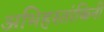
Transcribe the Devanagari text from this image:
अभिहस्तांकिनी